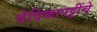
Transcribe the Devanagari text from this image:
वेदिकापट्टींचे